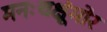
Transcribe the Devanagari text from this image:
मनःचक्षूंमोर